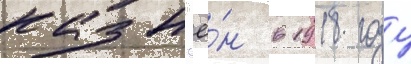
казн'ё́н в 1918 году